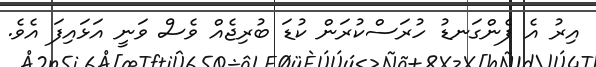
އިރު އެ ފެންގަނޑު ހުރަސްކުރަން ކުޑަ ބުރިޖެއް ވެސް ވަނީ އަޅައިފަ އެވެ.